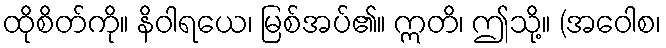
ထိုစိတ်ကို။ နိဝါရယေ၊ မြစ်အပ်၏။ ဣတိ၊ ဤသို့။ (အဝေါစ၊